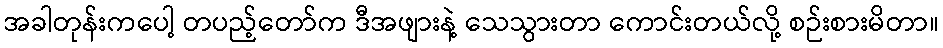
အခါတုန်းကပေါ့ တပည့်တော်က ဒီအဖျားနဲ့ သေသွားတာ ကောင်းတယ်လို့ စဉ်းစားမိတာ။